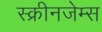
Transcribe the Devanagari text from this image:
स्क्रीनजेम्स